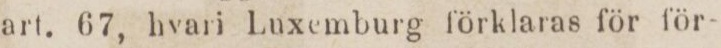
art. 67, hvari Luxemburg förklaras för för-